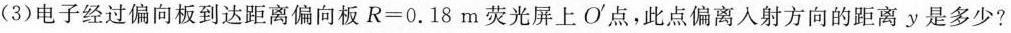
(3)电子经过偏向板到达距离偏向板$$R=0.18m$$荧光屏上O^{\prime}点，此点偏离入射方向的距离y是多少?